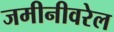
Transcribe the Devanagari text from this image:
जमीनीवरेल